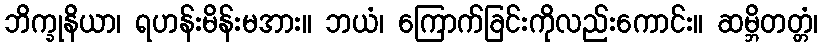
ဘိက္ခုနိယာ၊ ရဟန်းမိန်းမအား။ ဘယံ၊ ကြောက်ခြင်းကိုလည်းကောင်း။ ဆမ္ဘိတတ္တံ၊